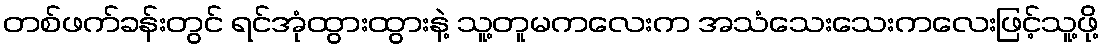
တစ်ဖက်ခန်းတွင် ရင်အုံထွားထွားနဲ့ သူ့တူမကလေးက အသံသေးသေးကလေးဖြင့်သူ့ဖို့